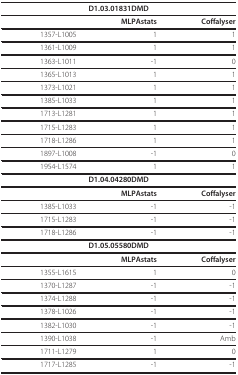
<table><thead><tr><td colspan="3"><b>D1.03.01831DMD</b></td></tr></thead><tbody><tr><td></td><td><b>MLPAstats</b></td><td><b>Coffalyser</b></td></tr><tr><td>1357-L1005</td><td>1</td><td>1</td></tr><tr><td>1361-L1009</td><td>1</td><td>1</td></tr><tr><td>1363-L1011</td><td>-1</td><td>0</td></tr><tr><td>1365-L1013</td><td>1</td><td>1</td></tr><tr><td>1373-L1021</td><td>1</td><td>1</td></tr><tr><td>1385-L1033</td><td>1</td><td>1</td></tr><tr><td>1713-L1281</td><td>1</td><td>1</td></tr><tr><td>1715-L1283</td><td>1</td><td>1</td></tr><tr><td>1718-L1286</td><td>1</td><td>1</td></tr><tr><td>1897-L1008</td><td>-1</td><td>0</td></tr><tr><td>1954-L1574</td><td>1</td><td>1</td></tr><tr><td colspan="3"><b>D1.04.04280DMD</b></td></tr><tr><td></td><td><b>MLPAstats</b></td><td><b>Coffalyser</b></td></tr><tr><td>1385-L1033</td><td>-1</td><td>-1</td></tr><tr><td>1715-L1283</td><td>-1</td><td>-1</td></tr><tr><td>1718-L1286</td><td>-1</td><td>-1</td></tr><tr><td colspan="3"><b>D1.05.05580DMD</b></td></tr><tr><td></td><td><b>MLPAstats</b></td><td><b>Coffalyser</b></td></tr><tr><td>1355-L1615</td><td>1</td><td>0</td></tr><tr><td>1370-L1287</td><td>-1</td><td>-1</td></tr><tr><td>1374-L1288</td><td>-1</td><td>-1</td></tr><tr><td>1378-L1026</td><td>-1</td><td>-1</td></tr><tr><td>1382-L1030</td><td>-1</td><td>-1</td></tr><tr><td>1390-L1038</td><td>-1</td><td>Amb</td></tr><tr><td>1711-L1279</td><td>1</td><td>0</td></tr><tr><td>1717-L1285</td><td>-1</td><td>-1</td></tr></tbody></table>